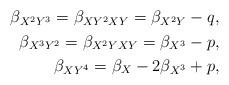
LaTeX: \begin{align*}\begin{aligned}\beta_{X^2Y^3}=\beta_{XY^2XY} = \beta_{X^2Y}-q,\\\beta_{X^3Y^2}=\beta_{X^2YXY} = \beta_{X^3}-p,\\\beta_{XY^4} = \beta_X-2\beta_{X^3}+p,\\\end{aligned}\end{align*}